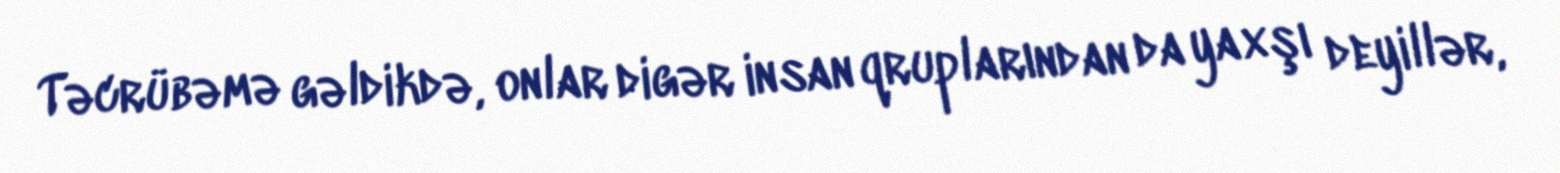
Təcrübəmə gəldikdə, onlar digər insan qruplarından da yaxşı deyillər,